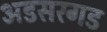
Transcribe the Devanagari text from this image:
अडसरगड